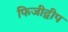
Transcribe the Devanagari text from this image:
फिजीद्वीप